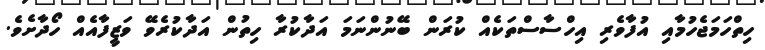
ހިތްހަމަޖެހުމާއި އުފާވެރި އިހްސާސްތަކެއް ކުރަން ބޭނުންނަމަ އަދާކުރާ ހިތުން އަދާކުރެވޭ ވަޒީފާއެއް ހޯދާށެވެ.